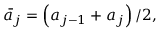
\begin{array} { r } { \bar { a } _ { j } = \left( { a } _ { j - 1 } + { a } _ { j } \right) / 2 , } \end{array}